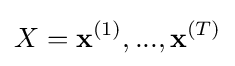
X=\mathbf {x} ^{(1)},...,\mathbf {x} ^{(T)}